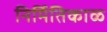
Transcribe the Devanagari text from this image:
निर्मितिकाळ